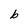
Character: b